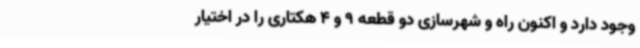
وجود دارد و اکنون راه و شهرسازی دو قطعه 9 و 4 هکتاری را در اختیار